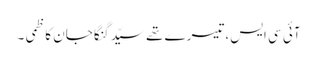
آئی سی ایس، تیسرے تھے سیّد گنگا جان کاظمی ۔